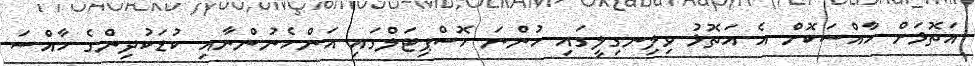
އަތޮޅަށް ހާއްސަކޮށް އެ އަތޮޅު ވިލިނގިލީގައި ހުންނަ ހޮސްޕިޓަލްގައި އަންހެނުންނާއި ކުޑަކުދިންގެ ހާއްސަ